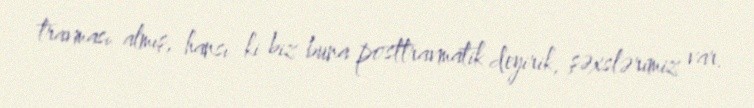
travması almış, hansı ki biz buna posttravmatik deyirik, şəxslərimiz var.